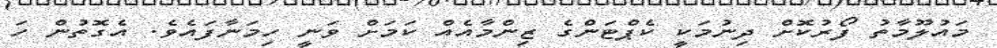
މައުލޫމާތު ފޯރުކޮށް ދިނުމަކީ ކެޕްޓަންގެ ޒިންމާއެއް ކަމަށް ވަނީ ހިމަނާފައެވެ. އެގޮތުން ހަ